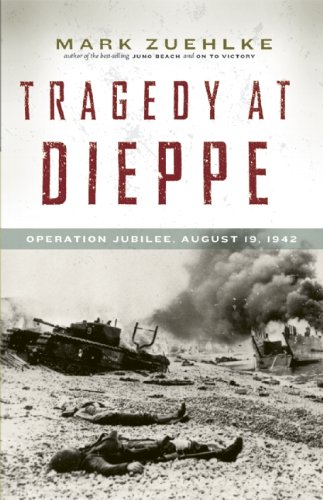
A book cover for Tragedy at Dieppe: Operation Jubilee, August 19, 1942; Mark Zuehlke; History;